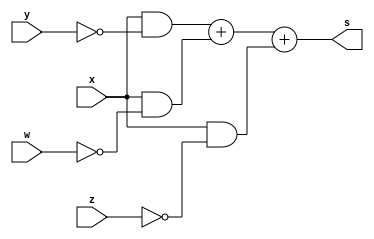
//Code by Felipe Augusto Morais Silva. 

module f5a ( output s,input x,input y, input w, input z );
assign s = (x & ~y) + (x & ~w) + (x & ~z);
endmodule // f5a

module f5b ( output s,input x,input y, input w, input z );
// descrever por expressao
//aqui vai ser a versao otimizada
assign s = (x & ~y) + (x & ~w) + (x & ~z);
endmodule // f5b
module test_f5;
// ------------------------- definir dados
reg x;
reg y;
reg w;
reg z;
wire a, b;
f5a moduloA ( a, x, y, w, z);
f5b moduloB ( b, x, y, w, z);
// ------------------------- parte principal
initial
begin : main
$display("Exemplo_0606 - Felipe Augusto Morais Silva - 748473");
$display("Test module");
// projetar testes do modulo
$display("   x    y    w    z =   r1   r2");
$monitor("%4b %4b %4b %4b = %4b %4b", x, y, w, z, a, b);
		#1 x=0; y=0; w=0; z=0;
		#1 x=0; y=0; w=0; z=1;
		#1 x=0; y=0; w=1; z=0;
		#1 x=0; y=0; w=1; z=1;
		#1 x=0; y=1; w=0; z=0;
		#1 x=0; y=1; w=0; z=1;
		#1 x=0; y=1; w=1; z=0;
		#1 x=0; y=1; w=1; z=1;	
		#1 x=1; y=0; w=0; z=0;
		#1 x=1; y=0; w=0; z=1;
		#1 x=1; y=0; w=1; z=0;
		#1 x=1; y=0; w=1; z=1;
		#1 x=1; y=1; w=0; z=0;
		#1 x=1; y=1; w=0; z=1;
		#1 x=1; y=1; w=1; z=0;
		#1 x=1; y=1; w=1; z=1;
end
endmodule // test_f5